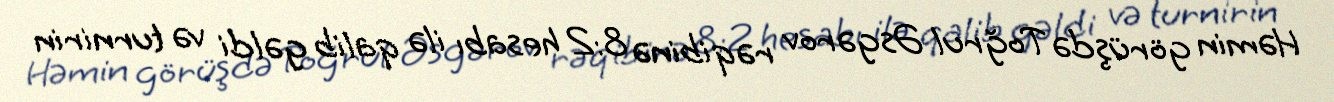
Həmin görüşdə Toğrul Əsgərov rəqibinə 8:2 hesabı ilə qalib gəldi və turnirin